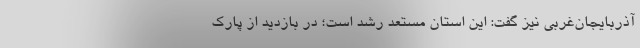
آذربایجان‌غربی نیز گفت: این استان مستعد رشد است؛ در بازدید از پارک